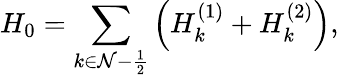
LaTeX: H_{0}=\sum_{k\in{\cal N}-\frac 12}\left(H_{k}^{(1)}+H_{k}^{(2)}\right),